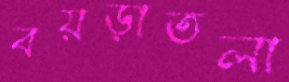
বয়ড়াতলা